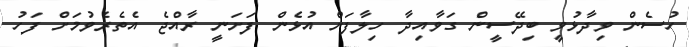
ހުސެން ވިދާޅުވީ ބިދޭސީން ގަވާއިދާ ހިލާފަށް އުޅެން ފަށަނީ ރާއްޖެ އެތެރެވުމަށް ފަހު